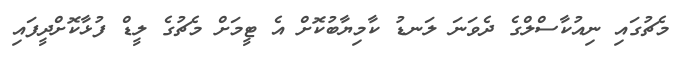
މެޗުގައި ނިއުކާސްލްގެ ދެވަނަ ލަނޑު ކާމިޔާބުކޮށް އެ ޓީމަށް މެޗުގެ ލީޑް ފުޅާކޮށްދީފައި